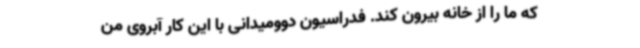
که ما را از خانه بیرون کند. فدراسیون دوومیدانی با این کار آبروی من